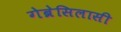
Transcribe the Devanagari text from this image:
गेब्रेसिलासी